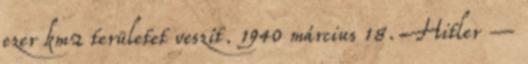
ezer km2 területet veszít. 1940 március 18. Hitler –